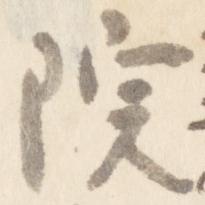
院